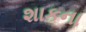
શાકના